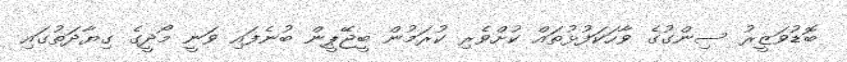
ބޮޑުވަޒީރު ސިންގުގެ ވާހަކަފުޅުތައް ކުށްވެރި ކުރަމުން ބީޖޭޕީން ބުނެފައި ވަނީ މޯދީގެ ގިޔާދަތުގައި